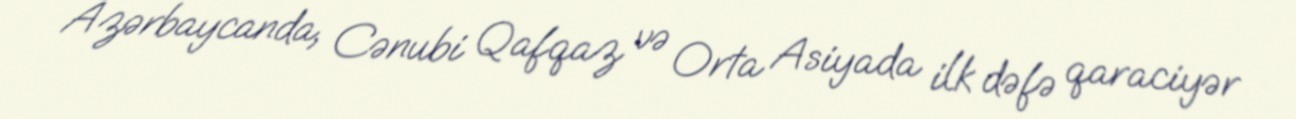
Azərbaycanda, Cənubi Qafqaz və Orta Asiyada ilk dəfə qaraciyər